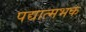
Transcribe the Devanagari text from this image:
पद्यात्मभक